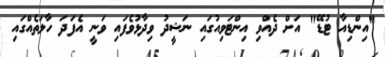
"އިންޑިއާ ޓުޑޭ" އަށް ދެއްވި އިންޓަވިއުގައި ނަޝީދު ވިދާޅުވެފައި ވަނީ އެފަދަ ހާލަތެއްގައި